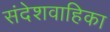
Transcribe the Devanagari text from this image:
संदेशवाहिका